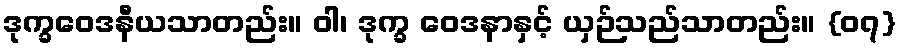
ဒုက္ခဝေဒနီယသာတည်း။ ဝါ၊ ဒုက္ခ ဝေဒနာနှင့် ယှဉ်သည်သာတည်း။ {၀၇}